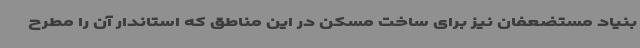
بنیاد مستضعفان نیز برای ساخت مسکن در این مناطق که استاندار آن را مطرح